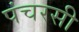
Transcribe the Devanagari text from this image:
पंचरसी